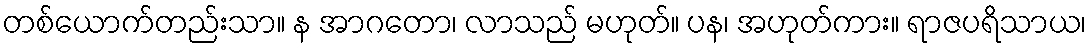
တစ်ယောက်တည်းသာ။ န အာဂတော၊ လာသည် မဟုတ်။ ပန၊ အဟုတ်ကား။ ရာဇပရိသာယ၊